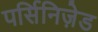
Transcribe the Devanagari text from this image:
पर्सिनिज़ेड